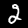
Label: 2